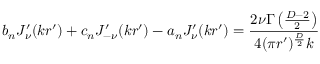
b _ { n } J _ { \nu } ^ { \prime } ( k r ^ { \prime } ) + c _ { n } J _ { - \nu } ^ { \prime } ( k r ^ { \prime } ) - a _ { n } J _ { \nu } ^ { \prime } ( k r ^ { \prime } ) = { \frac { 2 \nu \Gamma \left( { \frac { D - 2 } { 2 } } \right) } { 4 ( \pi r ^ { \prime } ) ^ { \frac { D } { 2 } } k } }